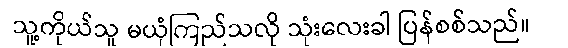
သူ့ကိုယ်သူ မယုံကြည်သလို သုံးလေးခါ ပြန်စစ်သည်။